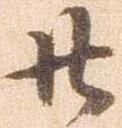
廿